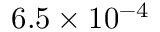
6 . 5 \times 1 0 ^ { - 4 }